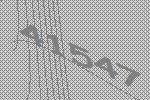
41547